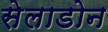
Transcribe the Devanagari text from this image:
सेलाडोन